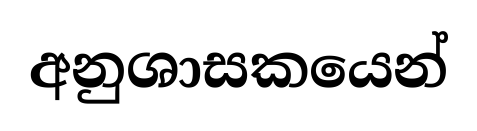
අනුශාසකයෙන්